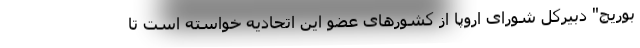
بوریج" دبیرکل شورای اروپا از کشورهای عضو این اتحادیه خواسته است تا